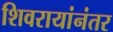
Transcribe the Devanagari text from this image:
शिवरायांनंतर